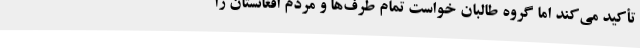
تأکید می‌کند اما گروه طالبان خواست تمام طرف‌ها و مردم افغانستان را